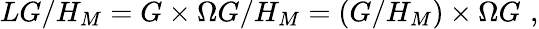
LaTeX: LG/H_{M}=G\times\Omega G/H_{M}=(G/H_{M})\times\Omega G\, \, ,